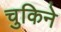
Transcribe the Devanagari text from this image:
चुकिने